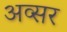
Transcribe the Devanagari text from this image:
अव्सर